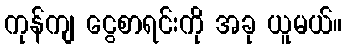
ကုန်ကျ ငွေစာရင်းကို အခု ယူမယ်။